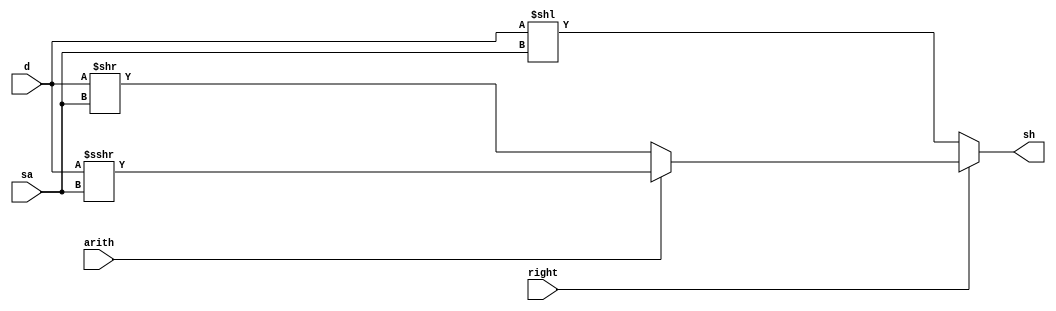
`timescale 1ns / 1ps
//////////////////////////////////////////////////////////////////////////////////
// Company: 
// Engineer: 
// 
// Design Name: 
// Module Name: shift
// Project Name: 
// Target Devices: 
// Tool Versions: 
// Description: 
// 
// Dependencies: 
// 
// Revision:
// Revision 0.01 - File Created
// Additional Comments:
// 
//////////////////////////////////////////////////////////////////////////////////


module shift (d,sa,right,arith,sh);
input  [31:0]  d;
input  [4:0]     sa;
input  right,arith;
output [31:0] sh;
reg  [31:0] sh;
    
// 
always  @*  begin
    if   (!right)  begin // right0
        sh = d << sa;
    end else  if   (!arith)  begin // right1arith00
        sh =  d  >>  sa;
    end else begin // 1                     
        sh =  $signed(d)  >>>  sa;
    end
end
endmodule